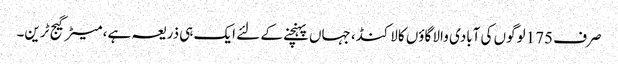
صرف 175 لوگوں کی آبادی والا گاؤں کالاکنڈ، جہاں پہنچنے کے لئے ایک ہی ذریعہ ہے، میٹر گیج ٹرین۔